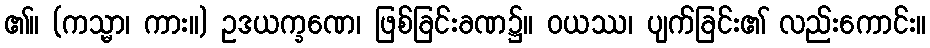
၏။ (ကသ္မာ၊ ကား။) ဥဒယက္ခဏေ၊ ဖြစ်ခြင်းခဏ၌။ ဝယဿ၊ ပျက်ခြင်း၏ လည်းကောင်း။